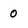
Character: 0